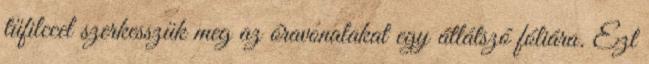
tűfilccel szerkesszük meg az óravonalakat egy átlátszó fóliára. Ezt